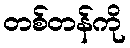
တစ်တန်ကို